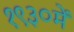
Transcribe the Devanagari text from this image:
१९३०में